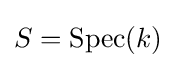
S={\text{Spec}}(k)